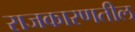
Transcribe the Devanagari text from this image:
राजकारणतील